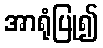
အာရုံပြု၍